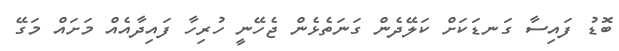
ބޮޑު ފައިސާ ގަނޑަކަށް ކަލޭދެން ގަނަތެޅެން ޖެހޭނީ ހުރިހާ ފައިދާއެއް މަށައް މަގޭ